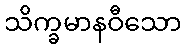
သိက္ခမာနဝီသော